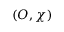
( O , \chi )